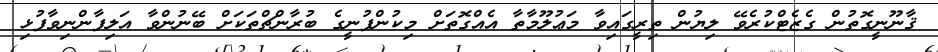
ޤާނޫނީގޮތުން ގެޒެޓްކުރެވޭ ލިޔުން ތިރީގައިވާ މަޢުލޫމާތާ އެއްގޮތަށް މިކުންފުނީގެ ބުރާންޗްތަކަށް ބޭނުންވާ އަލިފާންނިވާފުޅި